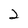
Character: 2